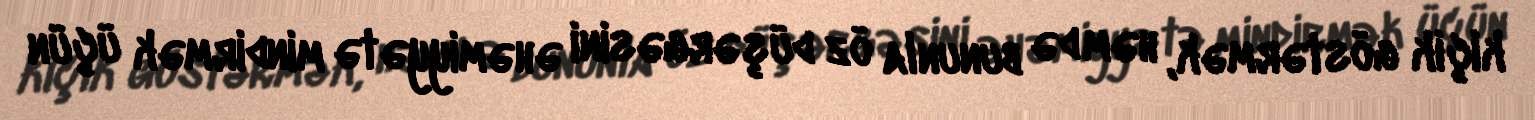
kiçik göstərmək, həm də bununla öz düşərgəsini əhəmiyyətə mindirmək üçün